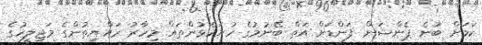
ކަމަށް ބުނެ ޕެންޝަން ފަންޑަށް އަތް ބޭނުމުގެ ހުށަހެޅުންތައް މިހާރު ރައްޔިތުންގެ މަޖިލީހުގެ